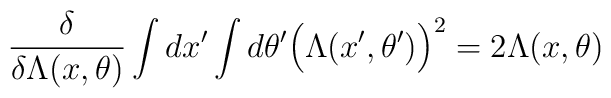
{\delta \over \delta \Lambda (x ,\theta )}\int dx^\prime \int d\theta^\prime \Big( \Lambda (x^\prime , \theta^\prime ) \Big)^2 = 2 \Lambda ( x , \theta )